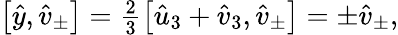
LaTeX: \begin{array}{r}{\left[\hat{y},\hat{v}_{\pm}\right]=\frac{2}{3}\left[\hat{u}_{3}+\hat{v}_{3},\hat{v}_{\pm}\right]=\pm\hat{v}_{\pm},}\end{array}